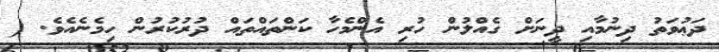
ދަޢުވަތު ދިނުމާއި ދީނަށް ގެއްލުން ހުރި އެންމެހާ ކަންތައްތައް ދުރުކުރުން ހިމެނެއެވެ. (